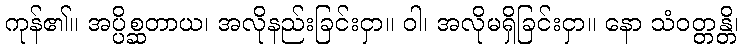
ကုန်၏။ အပ္ပိစ္ဆတာယ၊ အလိုနည်းခြင်းငှာ။ ဝါ၊ အလိုမရှိခြင်းငှာ။ နော သံဝတ္တန္တိ၊